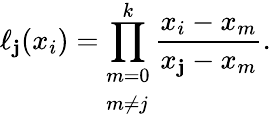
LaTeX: \ell_{\mathbf{j}}(x_{i})=\prod_{\begin{array}{l}{m=0}\\ {m\neq j}\end{array}}^{k}{\frac{{x_{i}-x_{m}}}{{x_{\mathbf{j}}-x_{m}}}}.